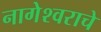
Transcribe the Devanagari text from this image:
नागेेश्वराचे